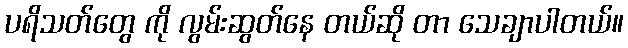
ပရိသတ်တွေ ကို လွမ်းဆွတ်နေ တယ်ဆို တာ သေချာပါတယ်။